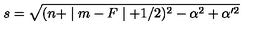
s = \sqrt { ( n + \mid m - F \mid + 1 / 2 ) ^ { 2 } - \alpha ^ { 2 } + \alpha ^ { \prime 2 } }